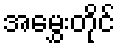
အမွှေးတိုင်